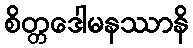
စိတ္တဒေါမနဿာနိ